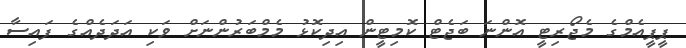
ޕީޕީއެމްގެ މެޖޯރިޓީ އޮންނަ ބަޖެޓް ކޮމިޓީން އިދިކޮޅު މެމްބަރުންނަށް ވަކި އަދަދެއްގެ ފައިސާ